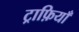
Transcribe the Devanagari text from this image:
ट्राफ़ियाँ